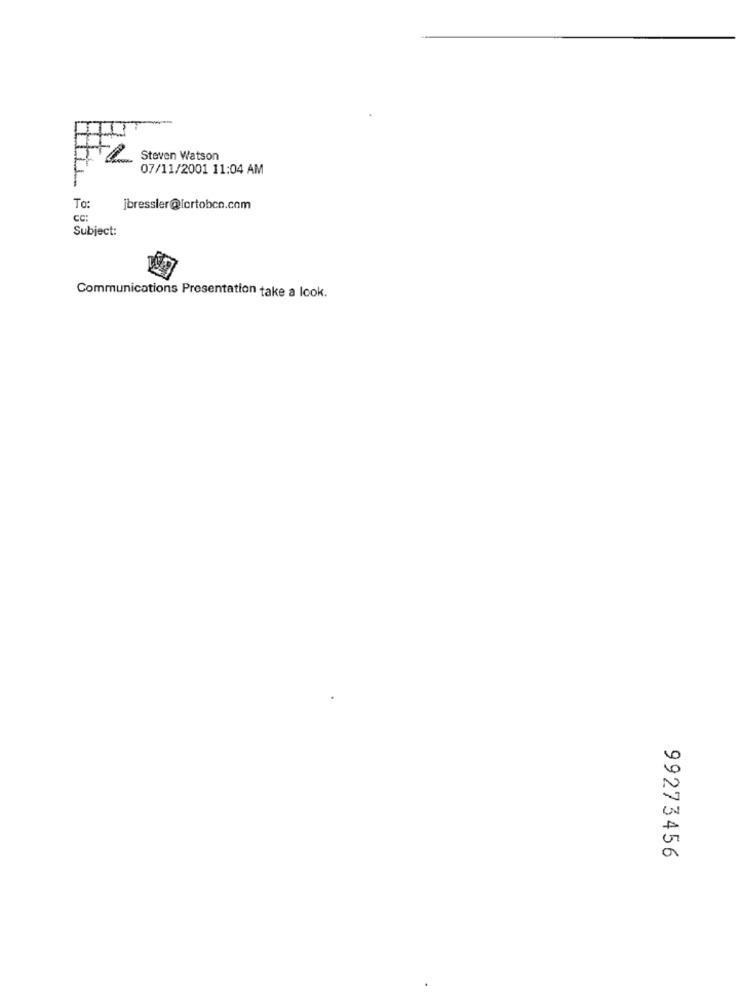
H
Steven Watson
07/11/2001 11:04 AM
To:
jbressler@lortobco.com
cc:
Subject:
Communications Presentation take a look.
99273456